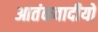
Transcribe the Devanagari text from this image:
आतंकवादीयों